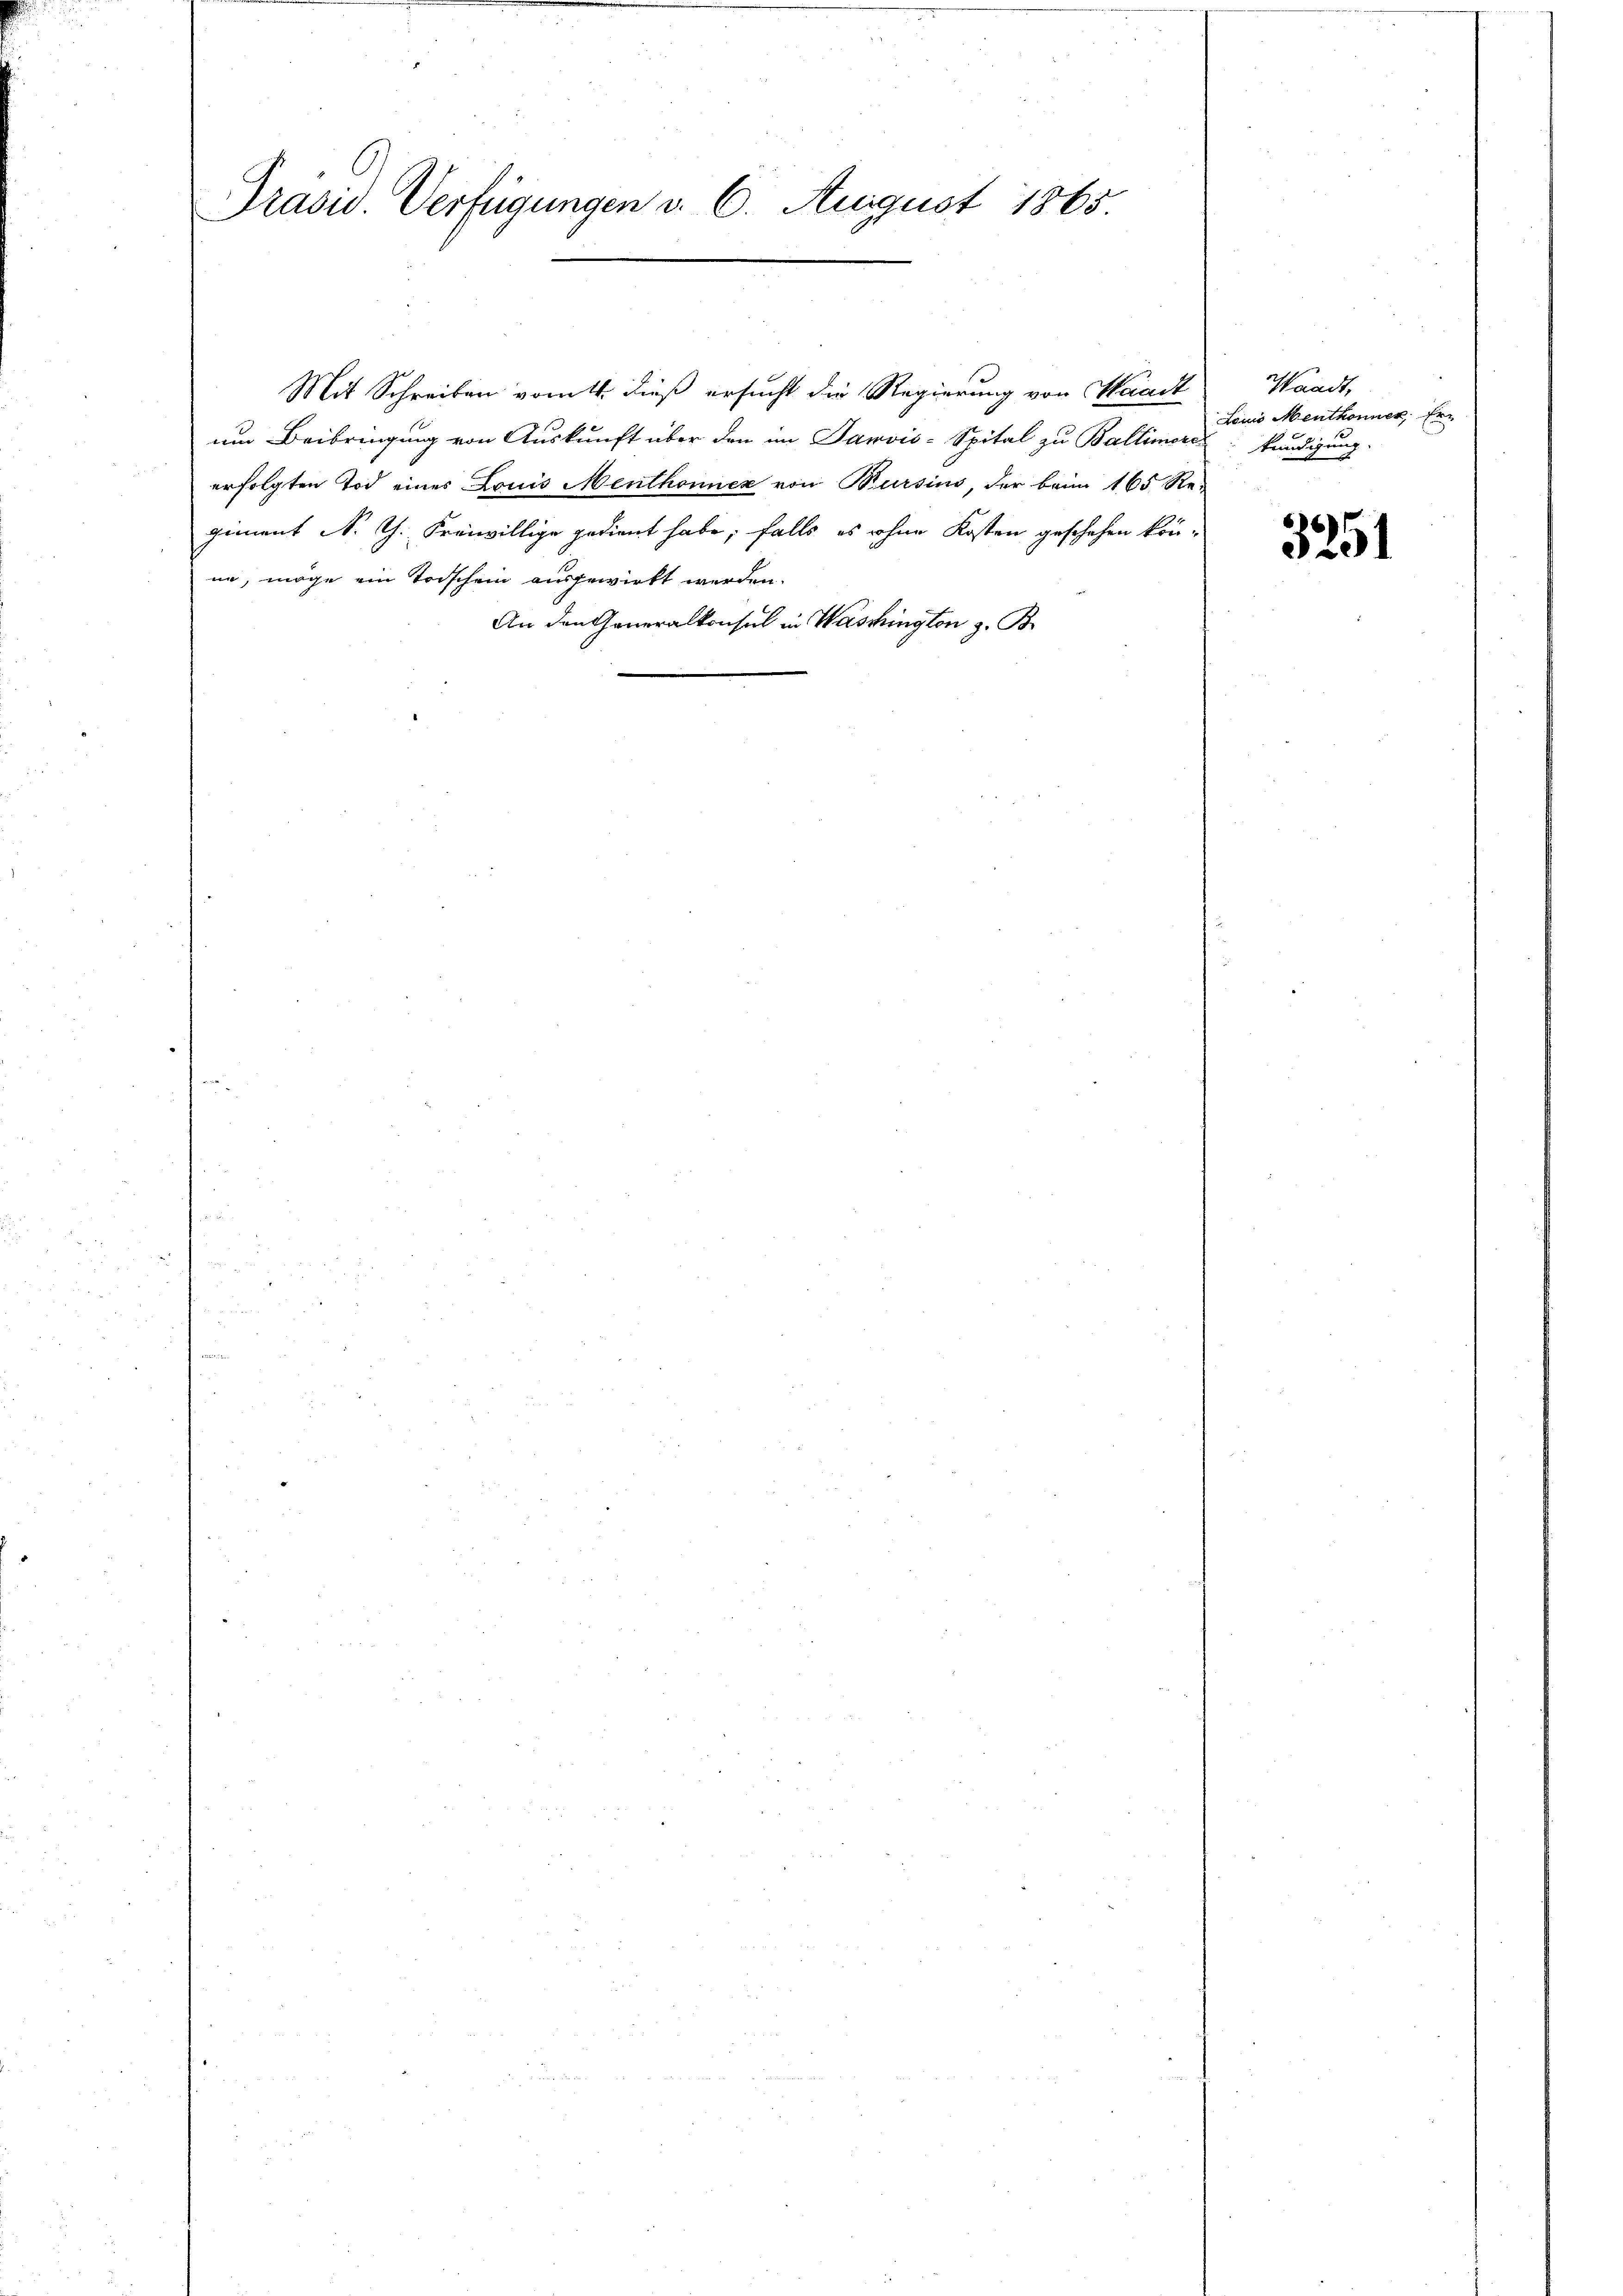
Präsid. Verfügungen v. 6. August 1865.

Mit Schreiben vom 11. dieß ersucht die Regierung von Waadt
um Beibringung von Auskunft über den im Janvis-Spital zu Ballimores kündigung
erfolgten Tod eines Louis Menthonnex von Bursins, der beim 165 Re.
giment N. Th. Freiwillige gedient habe, falls es ohne Kosten geschehen könne, möge ein Todschein ausgewirkt werden.
An den Generalkonsul in Waschington z. B.

Waadt,
Louis Menthonner Er¬

3251